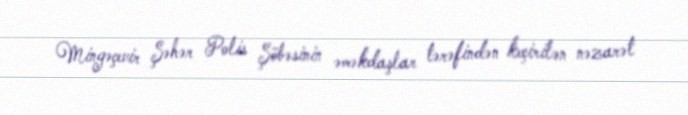
Mingəçevir Şəhər Polis Şöbəsinin əməkdaşlar tərəfindən keçirilən nəzarət